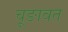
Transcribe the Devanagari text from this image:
चूङावत